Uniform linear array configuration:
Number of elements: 8
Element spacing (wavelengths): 0.75
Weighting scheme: cosine
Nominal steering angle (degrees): -45
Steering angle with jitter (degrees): -43.846
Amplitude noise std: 0.05
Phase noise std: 0.05

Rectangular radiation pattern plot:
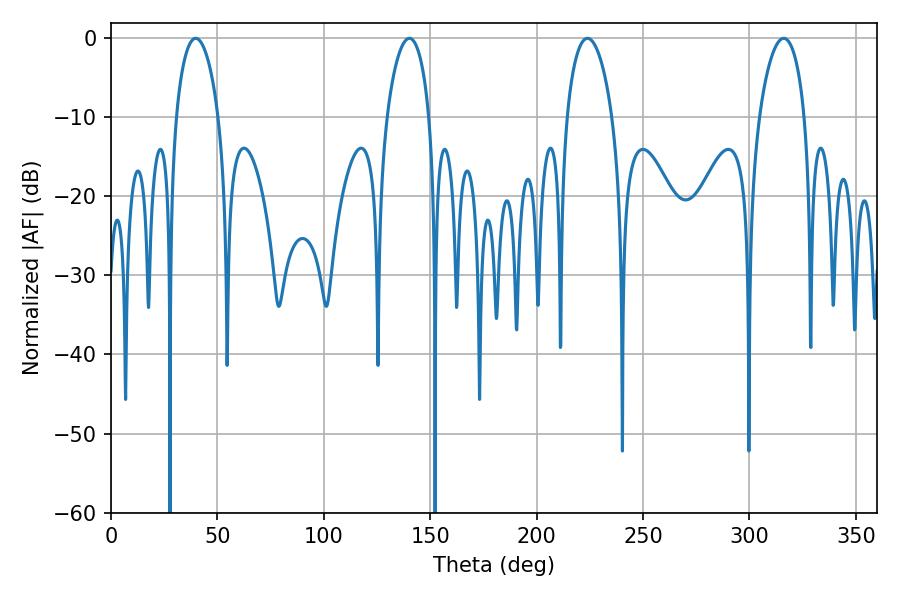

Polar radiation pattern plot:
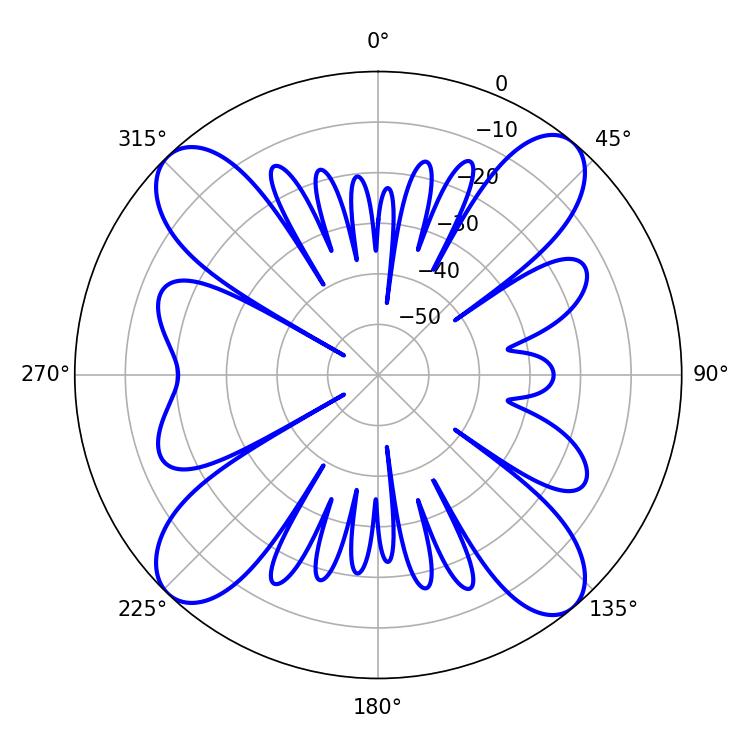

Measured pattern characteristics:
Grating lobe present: TRUE
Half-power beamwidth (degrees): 11.34
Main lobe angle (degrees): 39.78